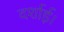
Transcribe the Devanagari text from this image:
दर्शाई।